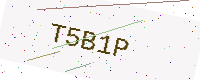
Text: T5B1P